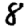
Digit: 8